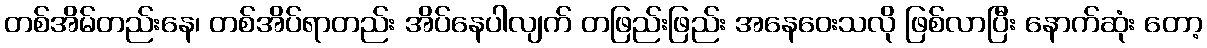
တစ်အိမ်တည်းနေ၊ တစ်အိပ်ရာတည်း အိပ်နေပါလျက် တဖြည်းဖြည်း အနေဝေးသလို ဖြစ်လာပြီး နောက်ဆုံး တော့